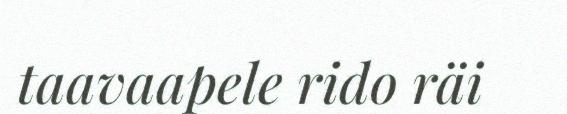
taavaapele rido räi